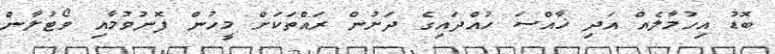
ބޮޑު އިހުުމާލެއް އަދި ޚާއްސަ ހުއްދައިގެ ދަށުން ރައްތަކަށް މީހުން ފޮނުވުމާއި ވޯޓުލާން